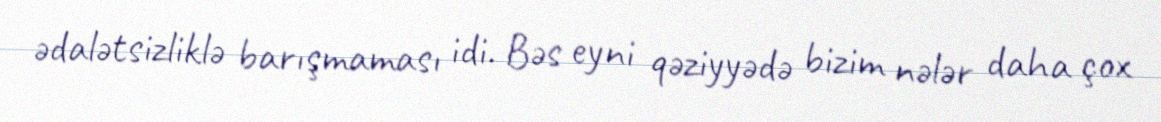
ədalətsizliklə barışmaması idi. Bəs eyni qəziyyədə bizim nələr daha çox